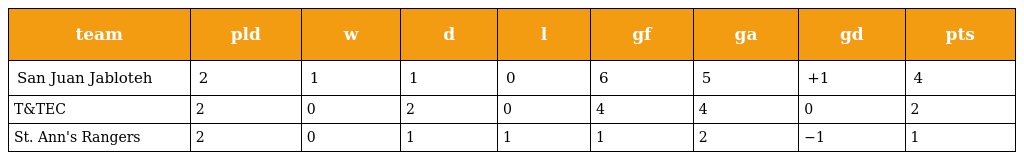
| team | pld | w | d | l | gf | ga | gd | pts |
 | --- | --- | --- | --- | --- | --- | --- | --- | --- |
 | San Juan Jabloteh | 2 | 1 | 1 | 0 | 6 | 5 | +1 | 4 |
 | T&TEC | 2 | 0 | 2 | 0 | 4 | 4 | 0 | 2 |
 | St. Ann's Rangers | 2 | 0 | 1 | 1 | 1 | 2 | −1 | 1 |